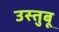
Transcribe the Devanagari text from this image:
उस्तुबू